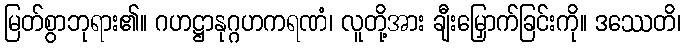
မြတ်စွာဘုရား၏။ ဂဟဋ္ဌာနုဂ္ဂဟကရဏံ၊ လူတို့အား ချီးမြှောက်ခြင်းကို။ ဒဿေတိ၊